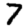
Digit: 7